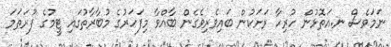
ނަމަވެސް ނ.އަތޮޅުން ހުރިހާ ރަށަކުން ބައިވެރިވެގެން ބާއްވާ މިފަހަރުގެ މުބާރާތުގައި ޓީމުގެ ފުރަތަމަ